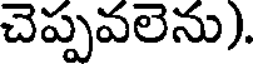
చెప్పవలెను).